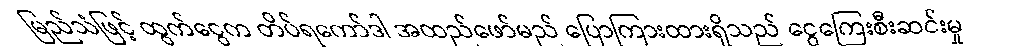
မြည်သံဖြင့် ထွက်ငွေက တိပ်ရကော်ဒါ အထည်ဖော်မည် ပြောကြားထားရှိသည် ငွေကြေးစီးဆင်းမှု